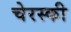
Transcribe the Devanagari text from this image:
चेरस्की